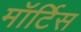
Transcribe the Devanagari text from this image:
मॉर्टिस